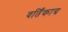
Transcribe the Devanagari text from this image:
वर्तिंकाग्र